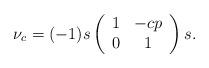
LaTeX: \begin{align*} \nu_c = (-1)s\left(\begin{array}{cc} 1 & -cp\\ 0 & 1\end{array}\right)s. \end{align*}